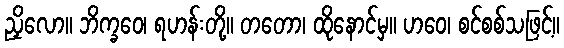
ညှိလော။ ဘိက္ခဝေ၊ ရဟန်းတို့။ တတော၊ ထိုနောင်မှ။ ဟဝေ၊ စင်စစ်သဖြင့်။